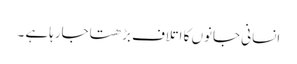
انسانی جانوں کا اتلاف بڑھتاجارہاہے ۔